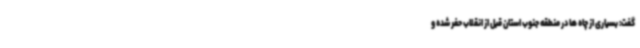
گفت: بسیاری از چاه ها در منطقه جنوب استان قبل از انقلاب حفر شده و